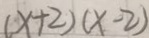
1 x + 2 ) ( x - 2 )